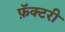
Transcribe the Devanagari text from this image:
फ़ॅक्टरी